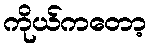
ကိုယ်ကတော့